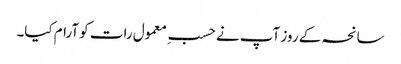
سانحہ کے روز آپ نے حسبِ معمول رات کو آرام کیا۔